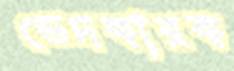
ভেদকারক